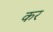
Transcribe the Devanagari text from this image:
कर